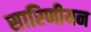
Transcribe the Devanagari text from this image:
सारिणीयन